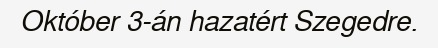
Október 3-án hazatért Szegedre.